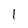
Character: 1